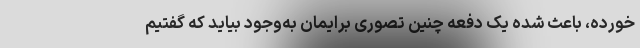
خورده، باعث شده یک دفعه چنین تصوری برایمان به‌وجود بیاید که گفتیم